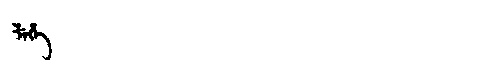
Manchu: ᠯᡝᡥᡝ
Romanization: LEHE